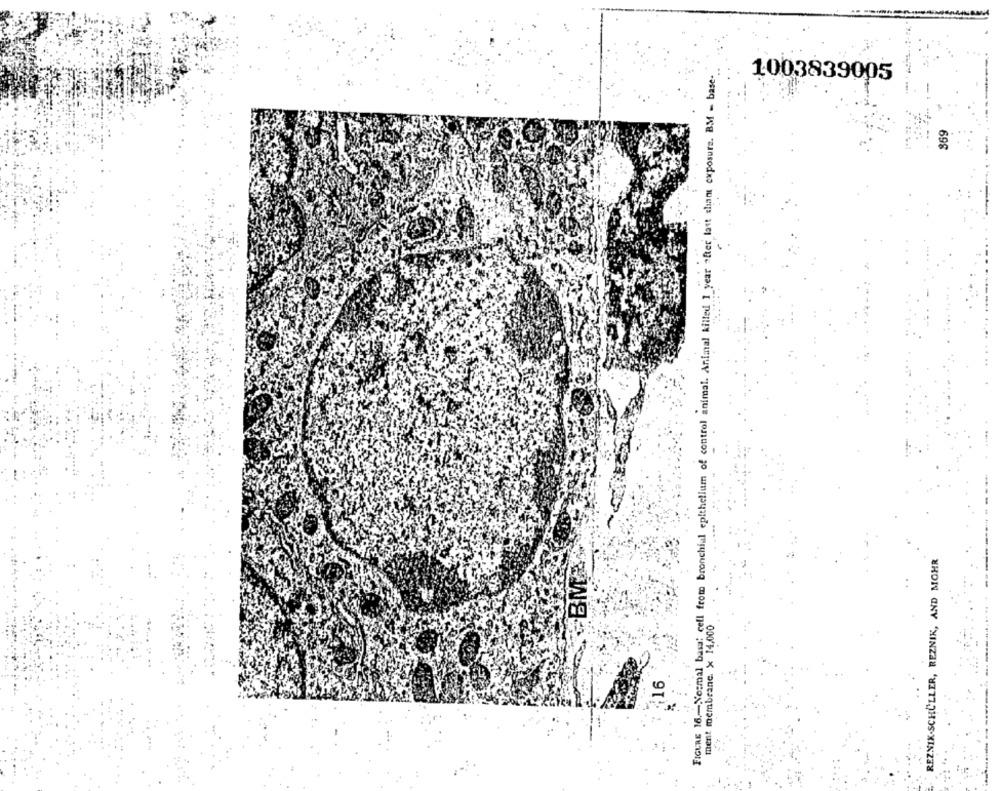
FIGURE 16 .- Normal basa: cell from bronchial epithelium of control animal. Animal killed 1 year after last sham exposure. BM = base-
1003839005
$69
BM&
REZNIK-SCHÜLLER, REZNIK, AND MOHR
ment membrane. x 14,000
16